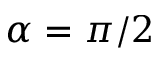
\alpha = \pi / 2